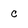
Character: c